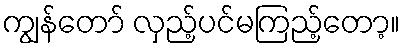
ကျွန်တော် လှည့်ပင်မကြည့်တော့။